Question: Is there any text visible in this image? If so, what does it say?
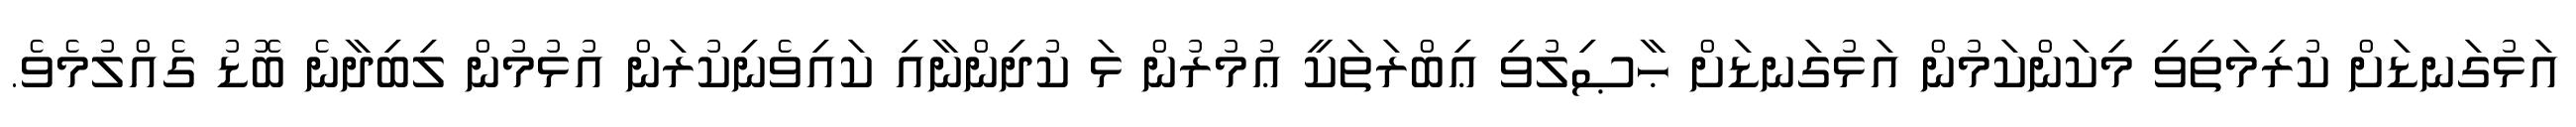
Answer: އަޅުގަނޑަށް ކުރިމަތިވި މިކަންކަމުން އަޅުގަނޑަށް ޙާޞިލުވި ޢިބްރަތަކީ ޢުމުރުން ޅަ ކުދިންނާއި ކައިވެނިކުރަން އުޅުމުން ލިބިދާނެ ބޮޑު ގެއްލުމެވެ.